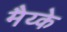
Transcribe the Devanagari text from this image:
मैय्के